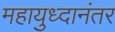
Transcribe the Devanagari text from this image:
महायुध्दानंतर